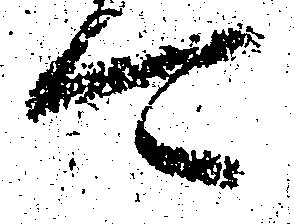
可